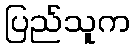
ပြည်သူက